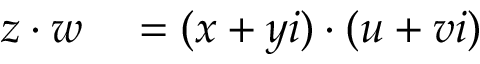
\begin{array} { r l r l } { z \cdot w } & { { } = ( x + y i ) \cdot ( u + v i ) } & { } \end{array}